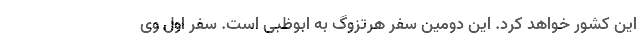
این کشور خواهد کرد. این دومین سفر هرتزوگ به ابوظبی است. سفر اول وی